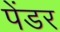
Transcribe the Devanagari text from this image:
पेंडर